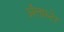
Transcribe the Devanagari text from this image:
अॅलास्टेर